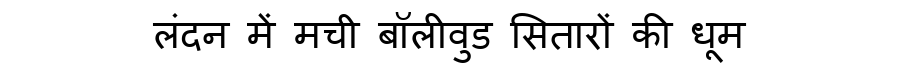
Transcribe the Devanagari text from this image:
लंदन में मची बॉलीवुड सितारों की धूम